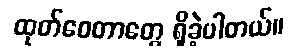
ထုတ်ဝေတာတွေ ရှိခဲ့ပါတယ်။